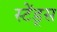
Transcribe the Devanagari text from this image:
स्टेंड्स